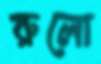
রুলো